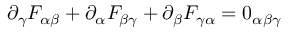
\partial _ { \gamma } F _ { \alpha \beta } + \partial _ { \alpha } F _ { \beta \gamma } + \partial _ { \beta } F _ { \gamma \alpha } = 0 _ { \alpha \beta \gamma }